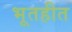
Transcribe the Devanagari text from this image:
भूतहीत